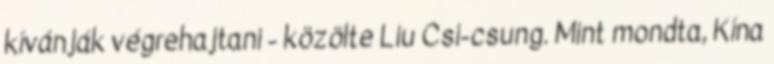
kívánják végrehajtani - közölte Liu Csi-csung. Mint mondta, Kína